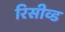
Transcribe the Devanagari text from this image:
रिसीव्ड